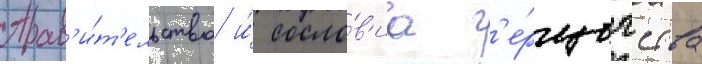
Прав'и́т'ельство и́ сосло́в'иа г'е́рцогства